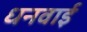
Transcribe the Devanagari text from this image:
धनवाई